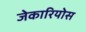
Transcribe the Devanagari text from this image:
जेकारियोस